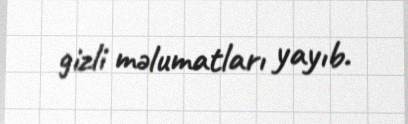
gizli məlumatları yayıb.